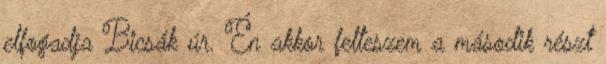
elfogadja Bicsák úr. Én akkor felteszem a második részt